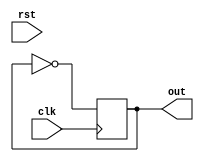
module Phase_module (input clk,rst, output out); 

reg out = 0;      

always @ (posedge clk)
  begin
    out <= ~out;      
  end

endmodule